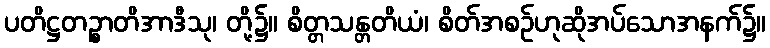
ပတိဋ္ဌတဉ္စာတိအာဒီသု၊ တို့၌။ စိတ္တသန္တတိယံ၊ စိတ်အစဉ်ဟုဆိုအပ်သောအနက်၌။